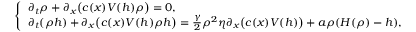
\left\{ \begin{array} { l l } { \partial _ { t } \rho + \partial _ { x } \bigl ( c ( x ) V ( h ) \rho \bigr ) = 0 , } \\ { \partial _ { t } ( \rho h ) + \partial _ { x } \bigl ( c ( x ) V ( h ) \rho h \bigr ) = \frac { \gamma } { 2 } \rho ^ { 2 } \eta \partial _ { x } \bigl ( c ( x ) V ( h ) \bigr ) + a \rho ( H ( \rho ) - h ) , } \end{array} \right.